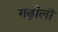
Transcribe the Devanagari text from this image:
गढ़ौली